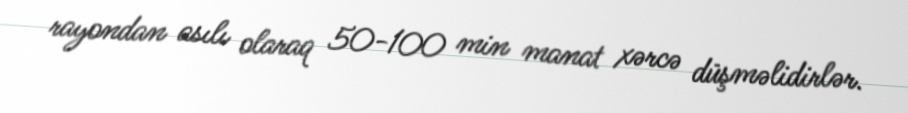
rayondan asılı olaraq 50-100 min manat xərcə düşməlidirlər.